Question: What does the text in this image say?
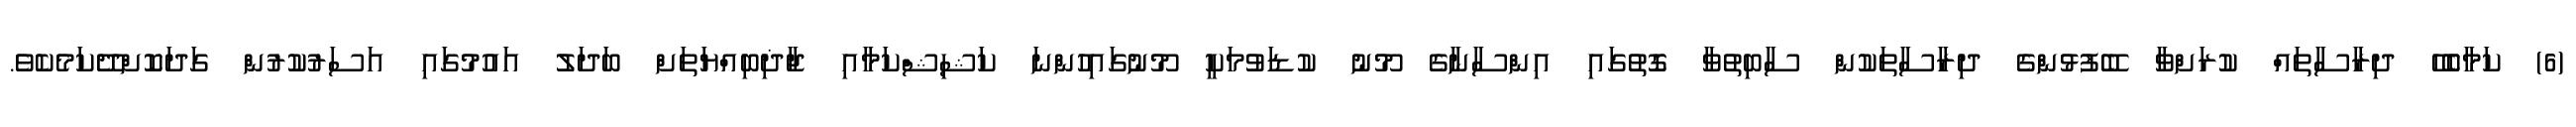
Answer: (6) ކަމާބެހޭ ދިރާސާތައް ކުރަށްވާ ބޭފުޅުންގެ ދިރާސާތަކުން ސާބިތުވާ ގޮތުގައި އިންސާނާގެ މޫނު ކުޑަވުމަކީ މޫނުގައިހުންނަ ކަޝިޝްކަމާއި ޖާޛިބިއްޔަތަށް ބަދަލު އައުމުގައި އަސަރުކުރުން ގަދަކޮށްދޭކަމެކެވެ.